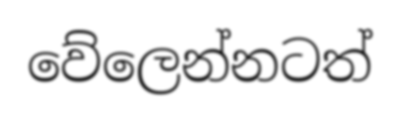
වේලෙන්නටත්